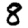
Digit: 8